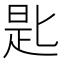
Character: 匙